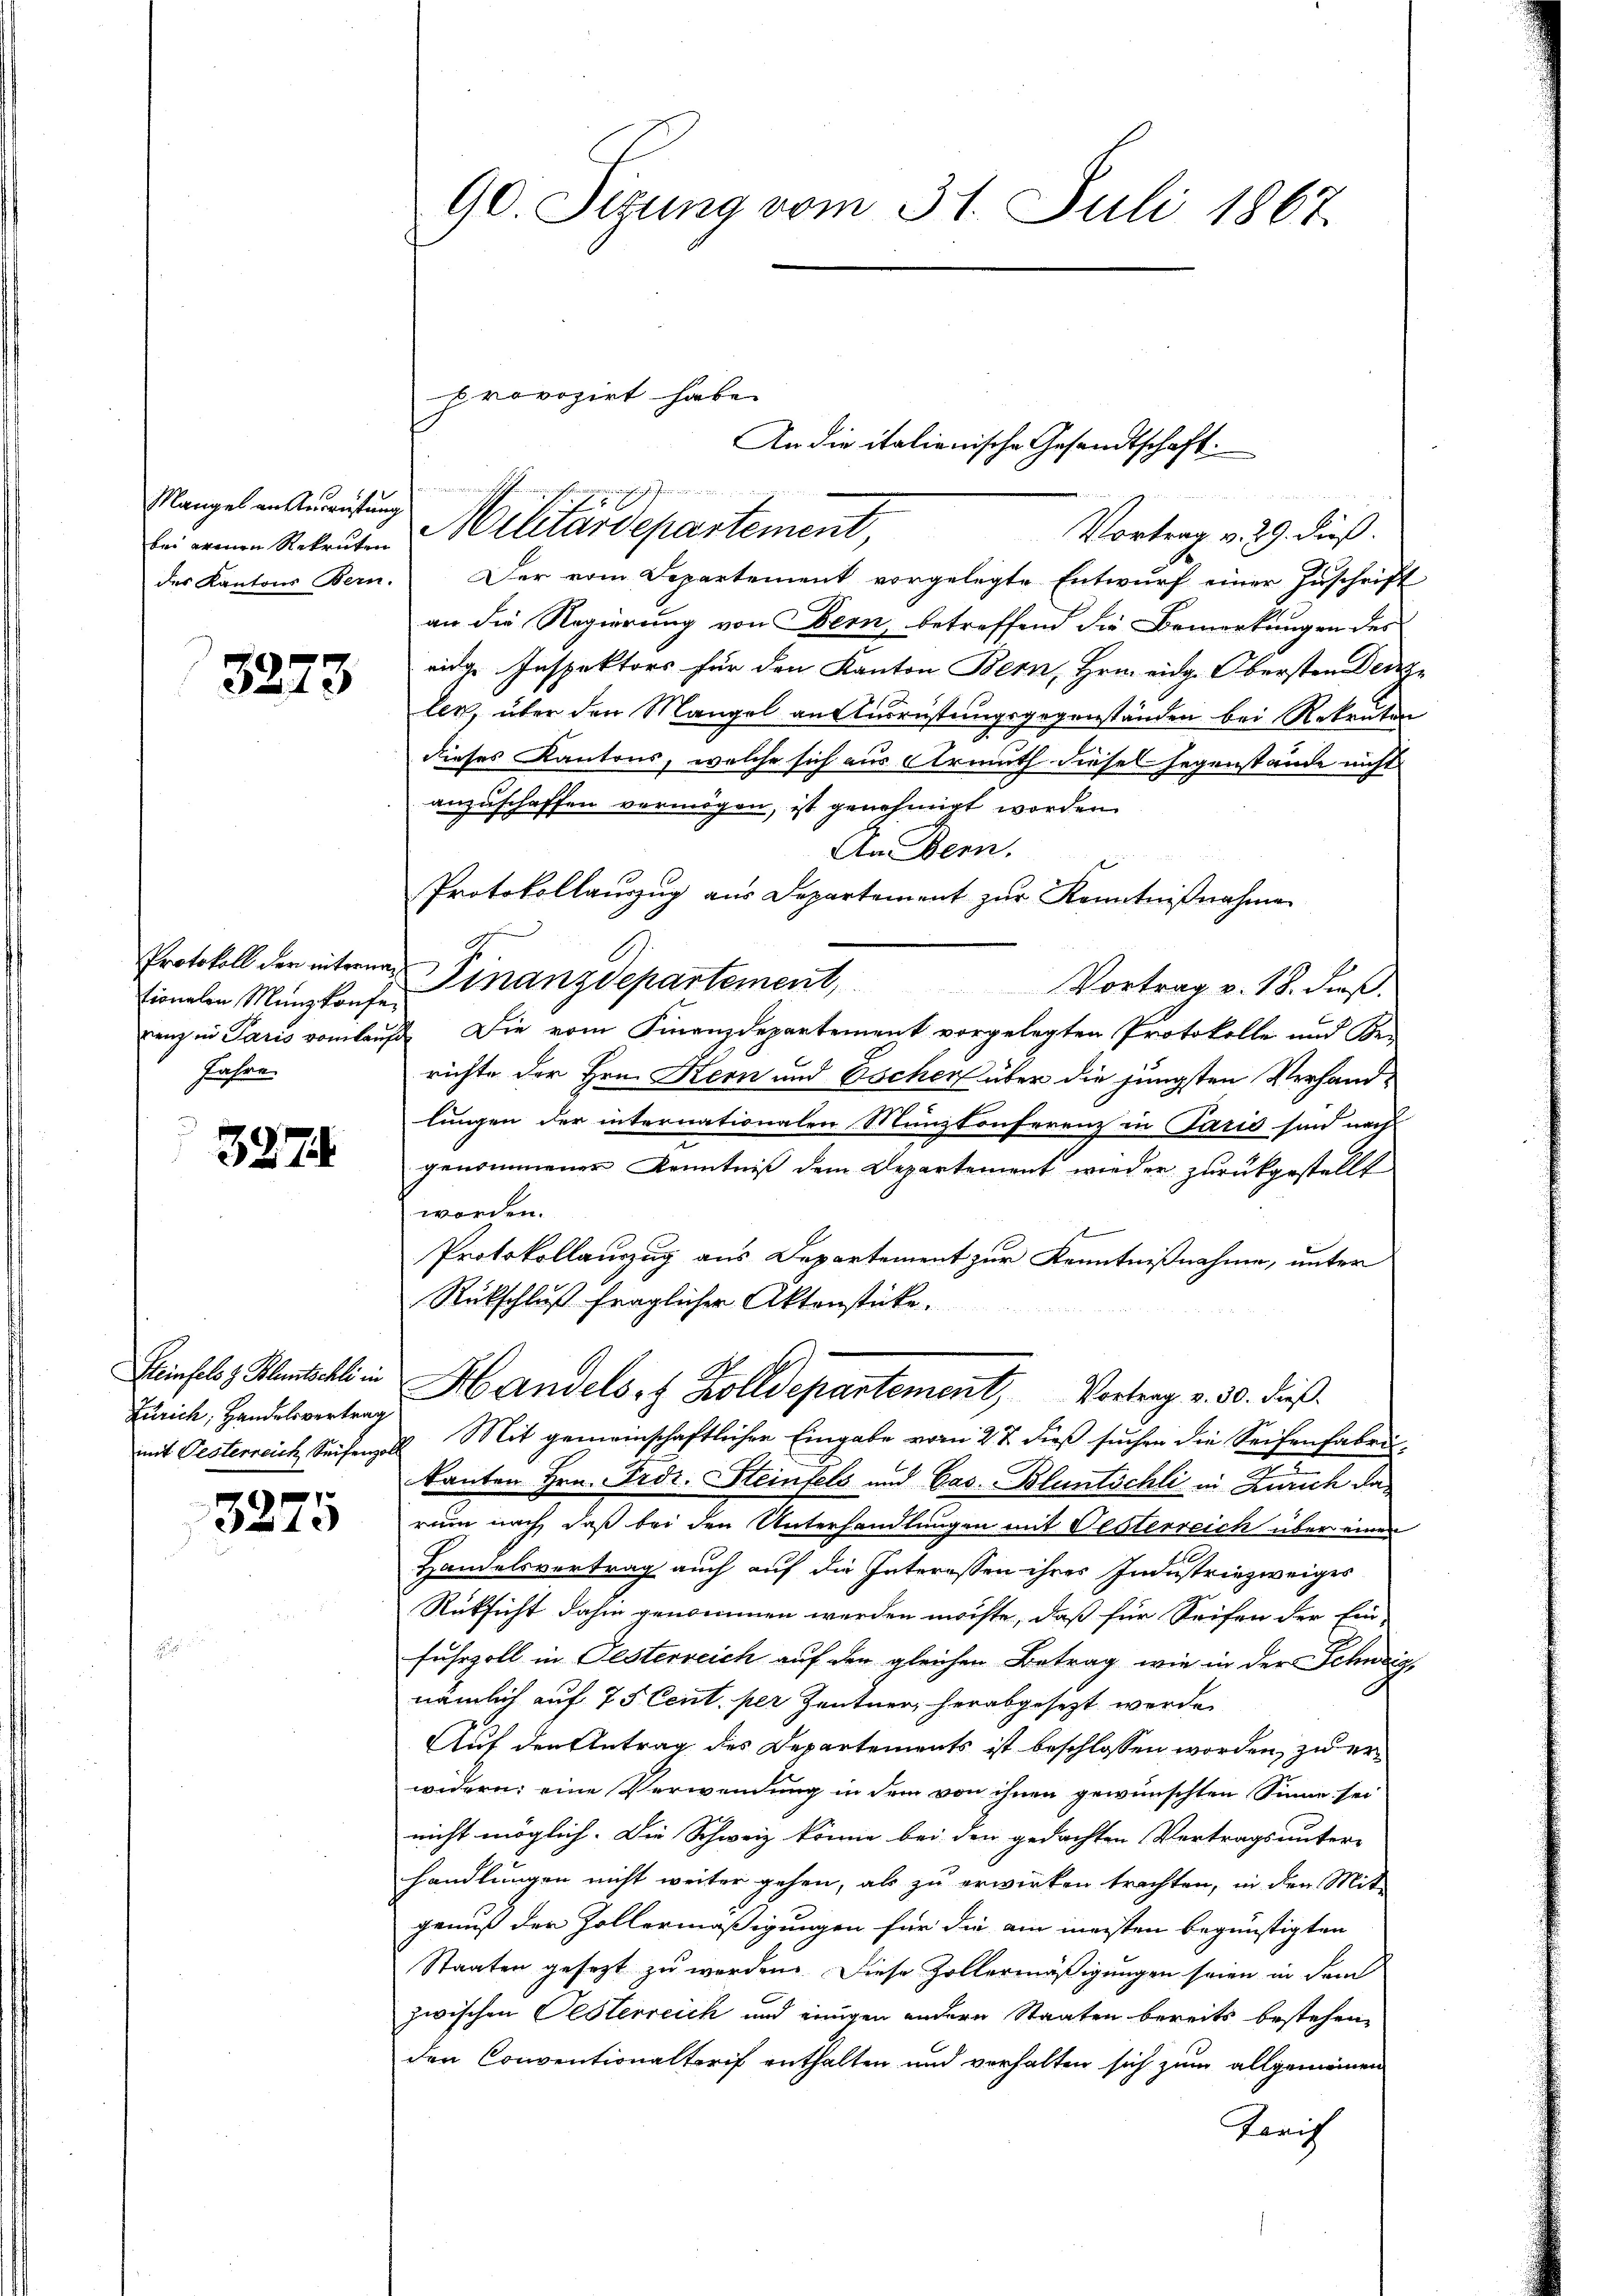
bei erenen Rekruten

3273

tionalen Münzkonfe¬
Jahre

3274

Zürich, Handelsvertrag

e
1

90. Sizung vom 31. Juli 1867.

e
eigen nicht gehen wenige, in den
Mangel in Anweistung Militärdepartement

des Kantons Bern. Der vom Departement vorgelegte Entwurf einer Zuschrift
an die Regierung von Bern, betreffend die Bemerkungen des
eige Inspektors für den Kanton Bern, Hrn. eidg. Obersten Decan
ler, über den Mangel an Ausrüstungsgegenständen bei Rekruten
dieses Kantons, welche sich aus Armuth diesel Gegenstände nicht
anzuschaffen vermögen, ist genehmigt worden.
An Bern.
Protokollauszug aus Departement zur Kenntnißnahme
Protokoll der interner Finanzdepartement,
Vortrag v. 18. dieß.
enz in Paris vom laufe die vom Finanzdepartement vorgelegten Protokolle und Be-
richte der Hrn. Kern und Escher über die jüngsten Verhandlungen der internationalen Münzkonferenz in Paris sind nach
genommener Kenntniß dem Departement wieder zurückgestellt
worden.
Protokollauszug aus Departement zur Kenntnißnahme, unter
Rückschluß fraglicher Aktenstücke.
Winholz entschli Handelsr. Zolldepartement, Vortrag v. 30. dieß.
mit Oesterreich Seifenzell Mit gemeinschaftlichen Eingabe vom 27. dieß suchen die Seifenfabrikanton Hrn. Frdr. Steinfels und Cas. Bluntschli in Zürich da
rum nach daß bei den Unterhandlungen mit Oesterreich über einen
Handelsvertrag auch auf die Interessen ihres Industriezweiges
Rüksicht dahin genommen werden möchte, daß für Seifen der Ein-
fuhrzoll in Festerreich auf den gleichen Betrag wie in der Schweiz,
nämlich auf 75 Cent per Zentner, herabgesezt werde
Auf den Antrag des Departements ist beschlossen worden, zu erwidern: eine Verwendung in dem von ihnen gewünschten Sinne sei
nicht möglich. Die Schweiz könne bei den gedachten Vertrags unter-
handlungen nicht weiter gehen, als zu erwirken trachten, in den Mit-
genuß der Zollermäßigungen für die am meisten begünstigten
Staaten gesetzt zu werden. Diese Zollermäßigungen seien in dem
zwischen Oesterreich und einigen andern Staaten bereits bestehen,
den Conventionaltarif enthalten und verhalten sich zum allgemeinen
Zürich

provozirt habe.

An die italienische Gesandtschaft.

Vortrag v. 29. dieß.